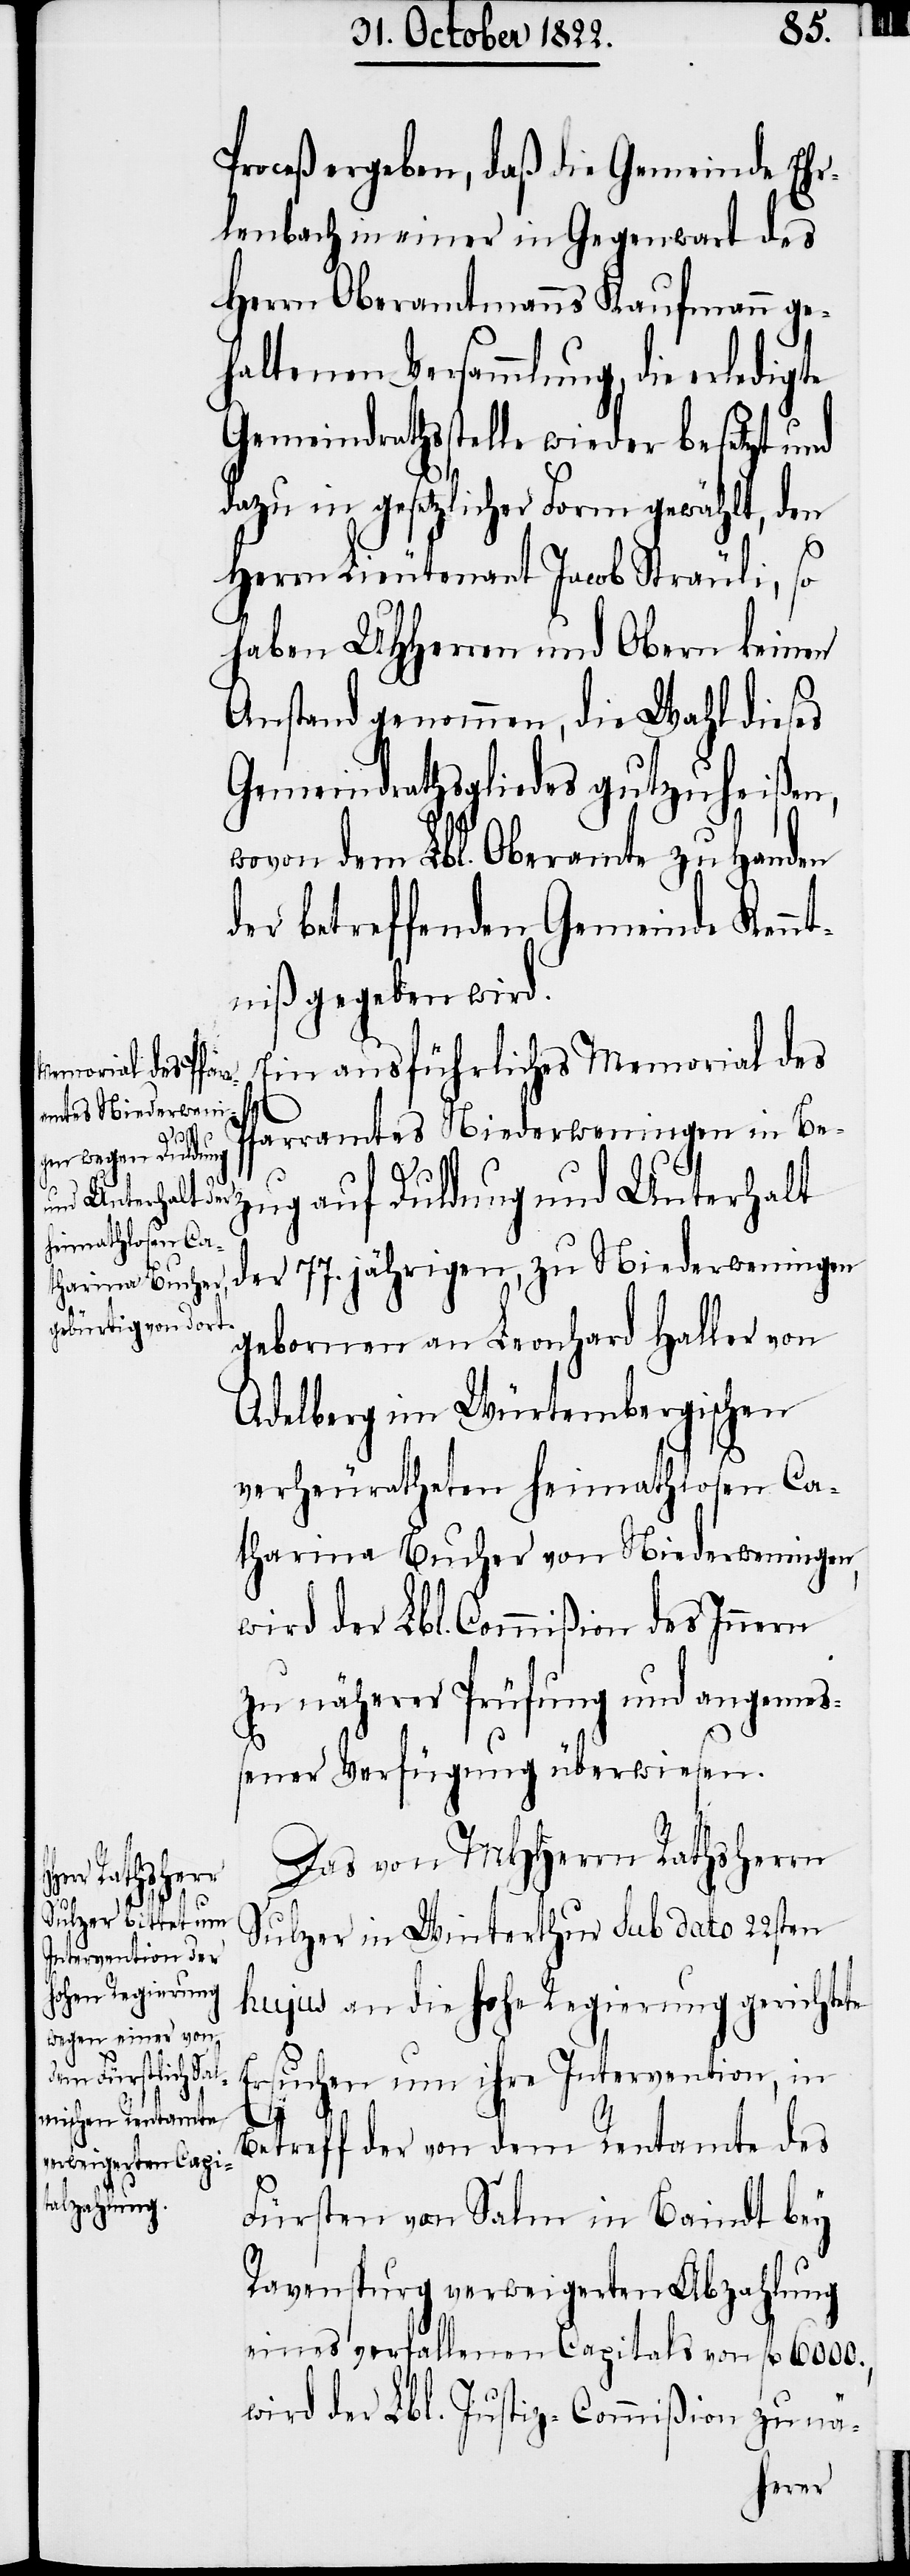
Proceß ergeben, daß die Gemeinde Ehr¬
lenbach in einer in Gegenwart des
Herrn Oberamtmanns Kaufmann ge¬
haltenen Versammlung, die erledigte
Gemeindrathsstelle wieder besetzt und
dazu in gesetzlicher Form gewählt, den
Herrn Lieutenant Jacob Sträuli, so
haben UHHerren und Obern keinen
Anstand genommen, die Wahl dieses
Gemeindrathsgliedes gutzuheißen,
wovon dem Lbl. Oberamte zu Handen
der betreffenden Gemeinde Kenn¬
tniß gegeben wird.
Ein ausführliches Memorial des
Pfarramtes Niederweningen in Be¬
zug auf Duldung und Unterhalt
der 77. jährigen, zu Niederweningen
gebornen an Leonhard Haller von
Adelberg im Würtembergischen
verheuratheten heimathlosen Ca¬
tharina Bucher von Niederweningen,
wird der Lbl. Commißion des Innern
zu näherer Prüfung und angemeß¬
ener Verfügung überwiesen.
Das von MHHerrn Rathsherrn
Sulzer in Winterthur sub dato 22sten
hujus an die hohe Regierung gerichtete
Ersuchen um ihre Intervention, in
Betreff der von dem Rentamte des
Fürsten von Salm in Baindt bey
Ravenspurg verweigerten Abzahlung
eines verfallenen Capitals von fl. 6000.,
wird der Lbl. Justiz-Commißion zu nä-